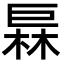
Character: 𪩦